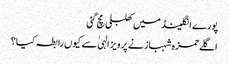
پورے انگلینڈ میں کھلبلی مچ گئی
اگلے حمزہ شہباز نے پرویز الہیٰ سے کیوں رابطہ کیا؟